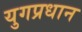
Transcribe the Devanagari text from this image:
युगप्रधान